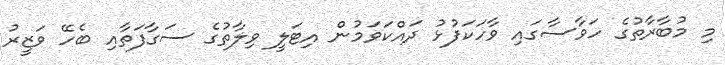
މި މުބާރާތުގެ ހަވާސާގައި ވާހަކަފުޅު ދައްކަވަމުން އިޓަލީ ވިލާތުގެ ސަގާފަތާއި ބެހޭ ވަޒީރު